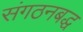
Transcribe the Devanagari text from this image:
संगठनबद्ध